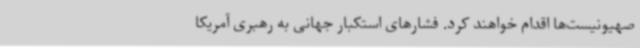
صهیونیست‌ها اقدام خواهند کرد. فشارهای استکبار جهانی به رهبری آمریکا